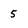
Character: 5